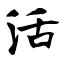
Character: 活